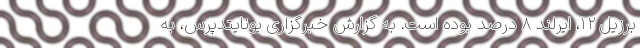
برزیل ۱۲، ایرلند ۸ درصد بوده است. به گزارش خبرگزاری یونایتدپرس، به